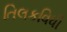
તિલકવિધી